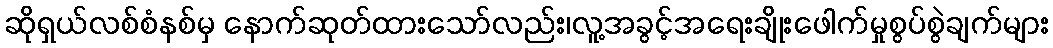
ဆိုရှယ်လစ်စံနစ်မှ နောက်ဆုတ်ထားသော်လည်း၊လူ့အခွင့်အရေးချိုးဖေါက်မှုစွပ်စွဲချက်များ